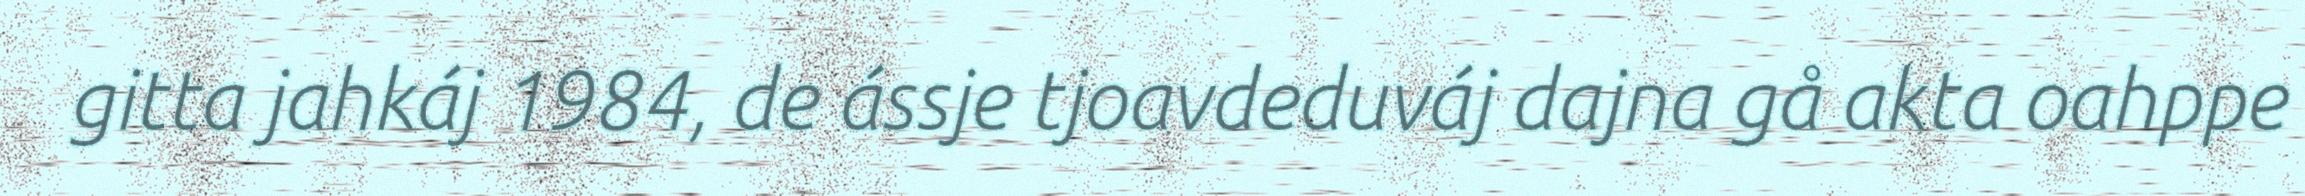
gitta jahkáj 1984, de ássje tjoavdeduváj dajna gå akta oahppe